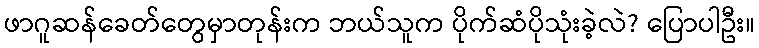
ဖာဂူဆန်ခေတ်တွေမှာတုန်းက ဘယ်သူက ပိုက်ဆံပိုသုံးခဲ့လဲ? ပြောပါဦး။